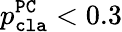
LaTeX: p_{\mathtt{cla}}^{\mathtt{PC}}<0.3